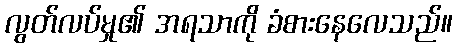
လွတ်လပ်မှု၏ အရသာကို ခံစားနေလေသည်။